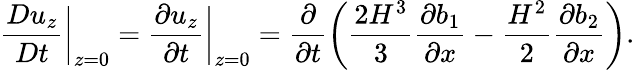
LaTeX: \frac{Du_{z}}{Dt}\bigg\vert_{z=0}=\frac{\partial u_{z}}{\partial t}\bigg\vert_{z=0}=\frac{\partial}{\partial t}\bigg(\frac{2H^{3}}{3}\frac{\partial b_{1}}{\partial x}-\frac{H^{2}}{2}\frac{\partial b_{2}}{\partial x}\bigg).